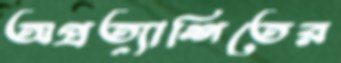
অপ্রত্যাশিতের